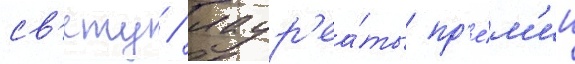
св'ету / лаур'еа́ты пр'е́м'ии